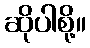
ဆိုပါစို့။